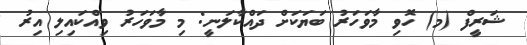
ޝަރީފް (މ) ހޮވި މާވަހަރު ބަޔަކަށް ދައްކާލަނީ: މި މާވަހަރު ވިއްކައިލި އިރު